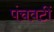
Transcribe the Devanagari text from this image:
पंचवटीं